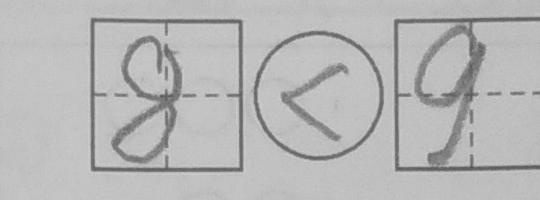
\boxed { 8 } \textcircled { < } \boxed { 9 }